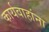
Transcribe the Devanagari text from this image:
कार्यवाहांना